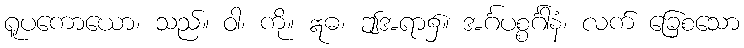
ရူပကောယော၊ သည်။ ဝါ၊ ကို။ ဣဓ၊ ဤအရာ၌။ အင်္ဂပစ္စင်္ဂါနံ၊ လက် ခြေစသော